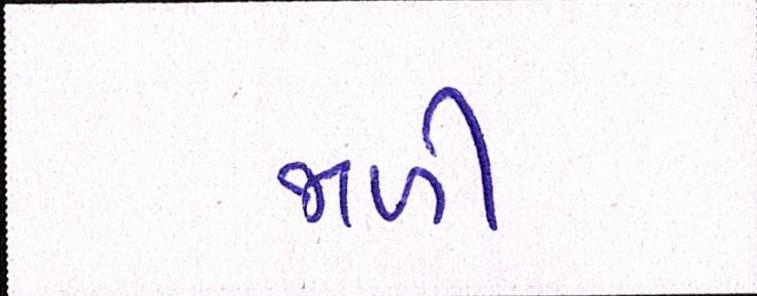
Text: જાળી